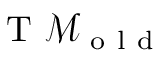
\mathrm { ~ T ~ } \mathcal { M } _ { \mathrm { ~ o ~ l ~ d ~ } }